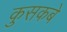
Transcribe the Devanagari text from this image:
कुसकबे